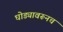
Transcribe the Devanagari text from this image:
घोड्यावरूनच